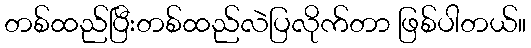
တစ်ထည်ပြီးတစ်ထည်လဲပြလိုက်တာ ဖြစ်ပါတယ်။